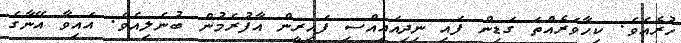
ހުރެއެވެ. ކިހާވަރެއްތަ ގަޑިން ފައި ނިދިއައިއްސި ފައިރީން އާފުރެމުން ބުނެލިއެވެ. އައިވާ އޭނާގެ